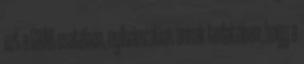
ezt a GRAB esetében, nyilvánvalóan annak tudatában, hogy a